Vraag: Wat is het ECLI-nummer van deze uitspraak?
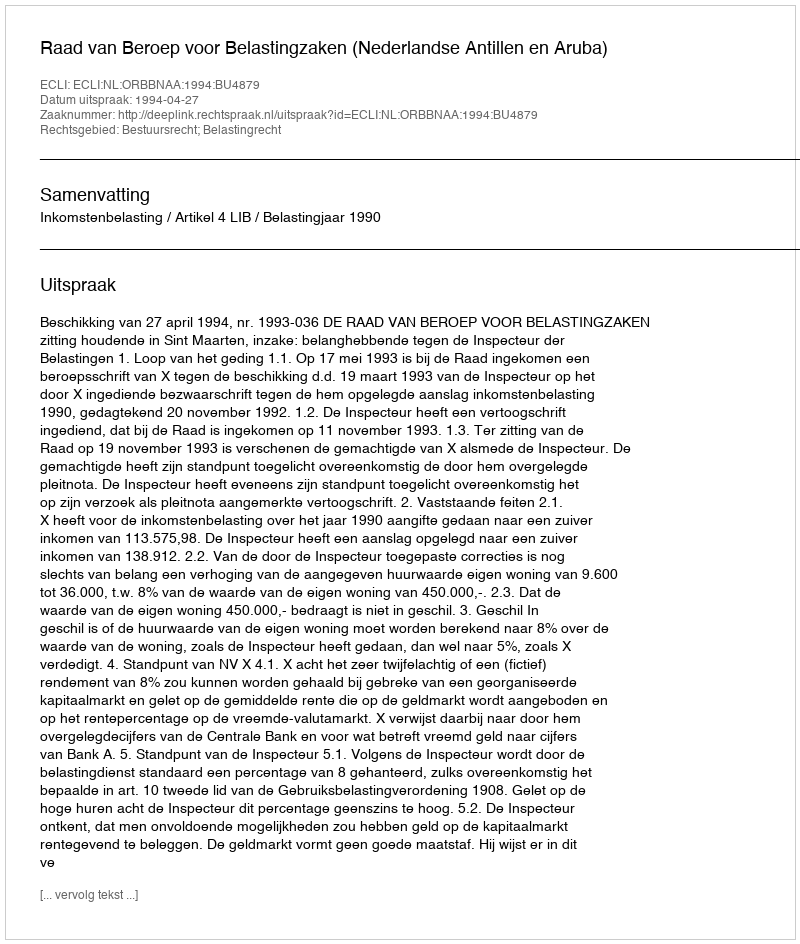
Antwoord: ECLI:NL:ORBBNAA:1994:BU4879